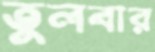
তুলবার